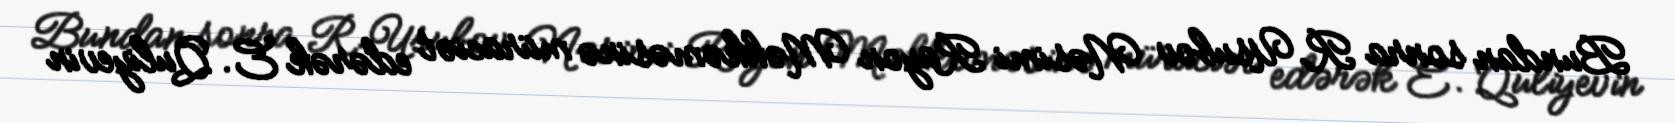
Bundan sonra R.Usubov Nəsimi Rayon Məhkəməsinə müraciət edərək E. Quliyevin